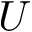
\boldsymbol { U }